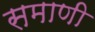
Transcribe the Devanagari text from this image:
समाणी